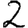
Digit: 2